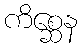
ကိစ္ဆေန